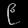
Digit: ၉